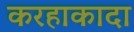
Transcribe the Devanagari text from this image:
करहाकादा